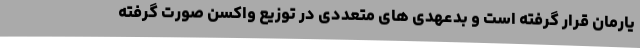
یارمان قرار گرفته است و بدعهدی های متعددی در توزیع واکسن صورت گرفته